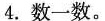
4.数一数。